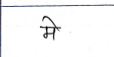
मजकूर: मे